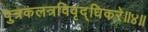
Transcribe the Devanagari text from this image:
पुत्रकलत्रविवृद्धिकरे॥४॥